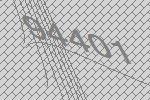
94401